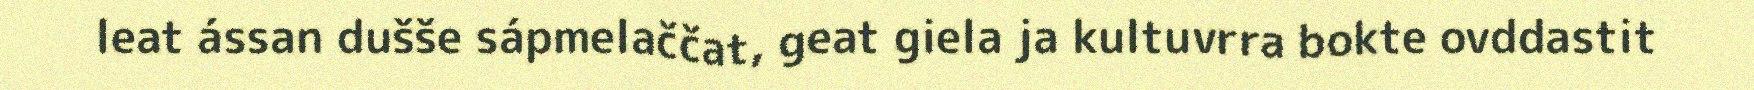
leat ássan dušše sápmelaččat, geat giela ja kultuvrra bokte ovddastit